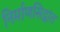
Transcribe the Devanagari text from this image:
निर्माणसिद्धांत